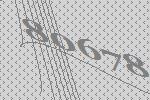
80678